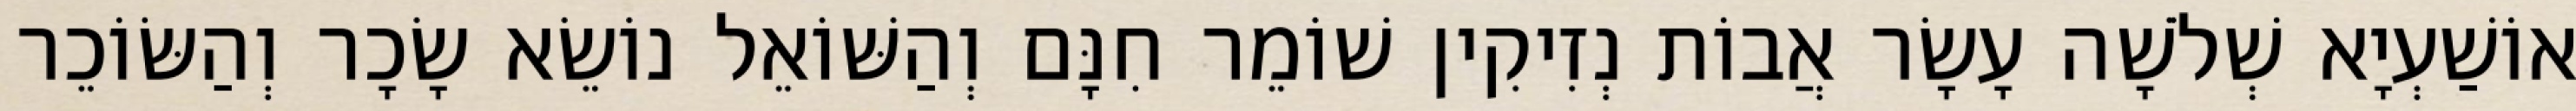
אוֹשַׁעְיָא שְׁלֹשָׁה עָשָׂר אֲבוֹת נְזִיקִין שׁוֹמֵר חִנָּם וְהַשּׁוֹאֵל נוֹשֵׂא שָׂכָר וְהַשּׂוֹכֵר